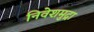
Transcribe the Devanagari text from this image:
निवेशमुद्रा